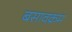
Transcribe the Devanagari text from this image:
बसावक्रम